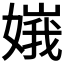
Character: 𡟶